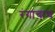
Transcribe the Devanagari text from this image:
रंगाचाच